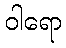
ဝါရော